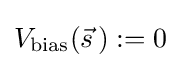
V_{\text{bias}}({\vec {s}}\,):=0